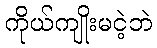
ကိုယ်ကျိုးမငဲ့ဘဲ